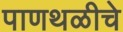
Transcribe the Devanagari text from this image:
पाणथळीचे